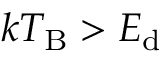
k T _ { \mathrm { B } } > E _ { \mathrm { d } }